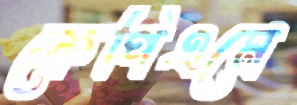
কেপিএমে